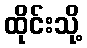
ထိုင်းသို့